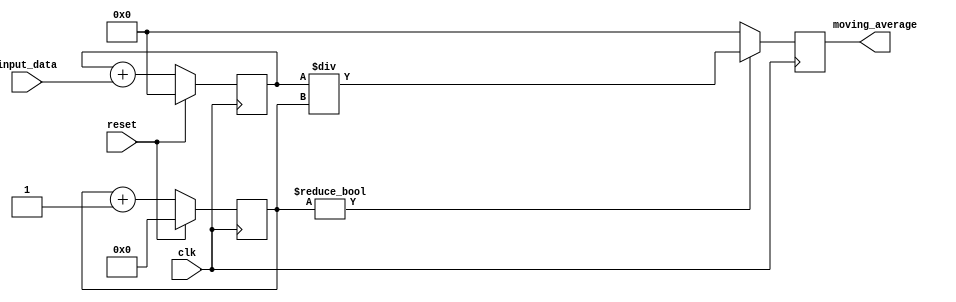
module Moving_Average_Accumulator (
    input wire clk,
    input wire reset,
    input wire [7:0] input_data,
    output reg [15:0] moving_average
);

reg [15:0] sum = 16'b0;
reg [7:0] count = 8'b0;

always @(posedge clk) begin
    if (reset) begin
        sum <= 16'b0;
        count <= 8'b0;
    end else begin
        sum <= sum + input_data;
        count <= count + 1;
    end
end

always @(posedge clk) begin
    if (count != 8'b0) begin
        moving_average <= sum / count;
    end else begin
        moving_average <= 16'b0;
    end
end

endmodule